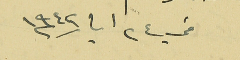
في ٢٤ ايار سنة ١٩٤٢